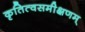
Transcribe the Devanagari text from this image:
कृतित्वसमीक्षणम्